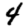
Digit: 4